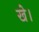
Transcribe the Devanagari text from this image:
खे।